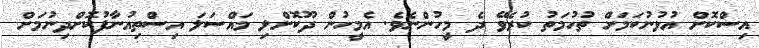
އިސްކޮށް އުޅުނުކަމަށް ތުހުމަތު ކުރެވޭ ދެ މީހުންނެވެ. އެމީހުން ދޫކޮށްލި މައްސަލަ އިސްތިއުނާފުކޮށްދިނުމަށް